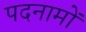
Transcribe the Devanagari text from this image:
पदनामों